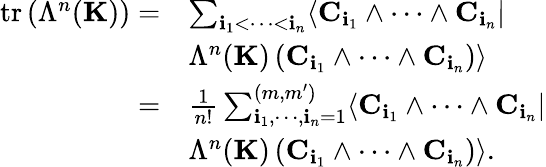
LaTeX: \begin{array}{rl}{\mathrm{tr}\left(\Lambda^{n}({\mathbf K})\right)=}&{\sum_{{\mathbf i}_{1}<\cdots<{\mathbf i}_{n}}\langle{\mathbf C}_{{\mathbf i}_{1}}\wedge\cdots\wedge{\mathbf C}_{{\mathbf i}_{n}}|}\\ &{\Lambda^{n}({\mathbf K})\left({\mathbf C}_{{\mathbf i}_{1}}\wedge\cdots\wedge{\mathbf C}_{{\mathbf i}_{n}}\right)\rangle}\\ {=}&{\frac{1}{n!}\sum_{{\mathbf i}_{1},\cdots,{\mathbf i}_{n}=1}^{(m,m^{\prime})}\langle{\mathbf C}_{{\mathbf i}_{1}}\wedge\cdots\wedge{\mathbf C}_{{\mathbf i}_{n}}|}\\ &{\Lambda^{n}({\mathbf K})\left({\mathbf C}_{{\mathbf i}_{1}}\wedge\cdots\wedge{\mathbf C}_{{\mathbf i}_{n}}\right)\rangle.}\end{array}